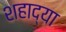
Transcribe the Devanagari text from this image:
शहाद्या